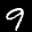
Label: 9